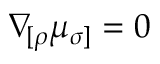
\nabla \! _ { [ \rho } \mu _ { \sigma ] } = 0